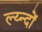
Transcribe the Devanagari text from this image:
ल्य्न्दों